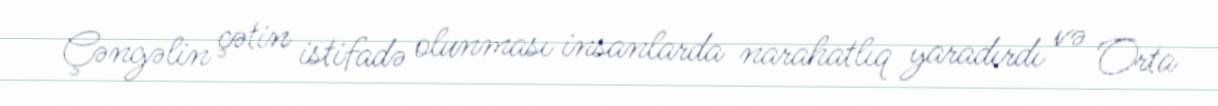
Çəngəlin çətin istifadə olunması insanlarda narahatlıq yaradırdı və Orta